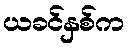
ယခင်နှစ်က